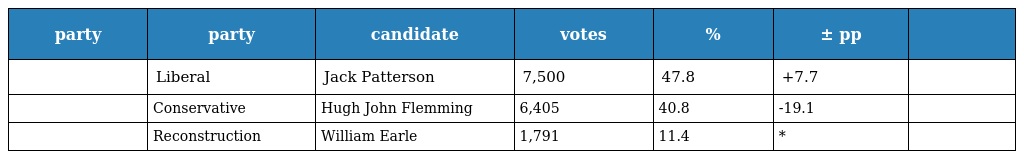
| party | party | candidate | votes | % | ± pp |  |
 | --- | --- | --- | --- | --- | --- | --- |
 |  | Liberal | Jack Patterson | 7,500 | 47.8 | +7.7 |  |
 |  | Conservative | Hugh John Flemming | 6,405 | 40.8 | -19.1 |  |
 |  | Reconstruction | William Earle | 1,791 | 11.4 | * |  |